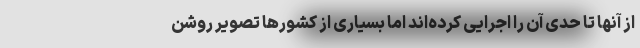
از آنها تا حدی آن را اجرایی کرده‌اند اما بسیاری از کشورها تصویر روشن